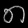
Digit: ၈